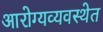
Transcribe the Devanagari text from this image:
आरोग्यव्यवस्थेत